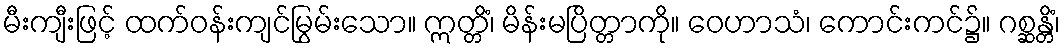
မီးကျီးဖြင့် ထက်ဝန်းကျင်မြွမ်းသော။ ဣတ္တိံ၊ မိန်းမပြိတ္တာကို။ ဝေဟာသံ၊ ကောင်းကင်၌။ ဂစ္ဆန္တိံ၊